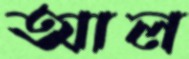
আল